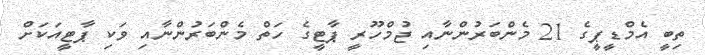
ތިބީ އެމްޑީޕީގެ 21 މެންބަރުންނާއި ޖުމްހޫރީ ޕާޓީގެ ހަތް މެންބަރުންނާއި ވަކި ޕާޓީއަކަށް